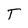
Character: T